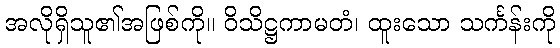
အလိုရှိသူ၏အဖြစ်ကို။ ဝိသိဋ္ဌကာမတံ၊ ထူးသော သင်္ကန်းကို